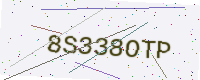
Text: 8S338OTP